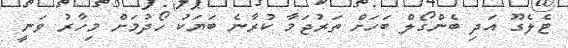
ޓެލެގޫ އަދި ބެންގޯލް ބަހަށް ތަރުޖަމާ ކުރާނެ ބަޔަކު ހޯދުމަށް މިހާރު ވަނީ